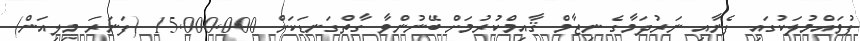
ފުވައްމުލަކުގައި ފެނާއި ނަރުދަމާގެ ނިޒާމް ޤާއިމްކުރުމަށް ބޭނުންވާ ގާތްގަނޑަކަށް 15